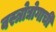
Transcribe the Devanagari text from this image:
वस्त्रोद्योगाची